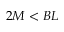
2 M < B L